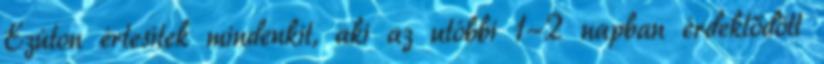
Ezúton értesítek mindenkit, aki az utóbbi 1-2 napban érdeklődött